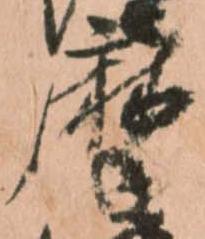
摩